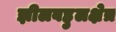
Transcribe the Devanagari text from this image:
झीलबहुलक्षेत्र